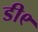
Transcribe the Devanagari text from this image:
डी९